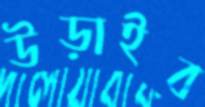
উড়াইব